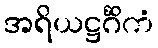
အရိယဋ္ဌင်္ဂိကံ